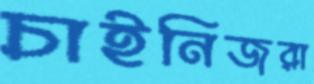
চাইনিজরা